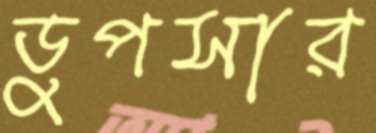
ডুপসার